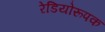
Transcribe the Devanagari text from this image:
रेडियोरूपक